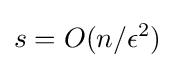
s=O(n/\epsilon ^{2})